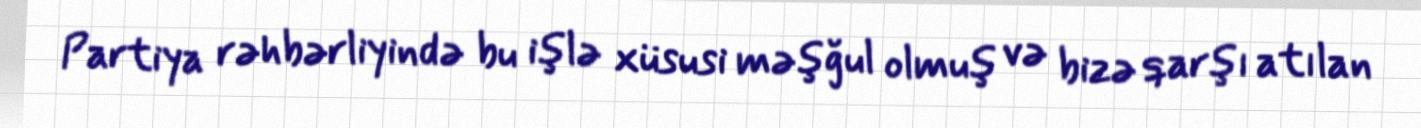
Partiya rəhbərliyində bu işlə xüsusi məşğul olmuş və bizə qarşı atılan